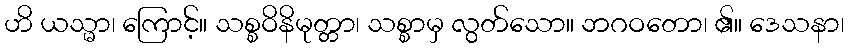
ဟိ ယသ္မာ၊ ကြောင့်။ သစ္စဝိနိမုတ္တာ၊ သစ္စာမှ လွတ်သော။ ဘဂဝတော၊ ၏။ ဒေသနာ၊